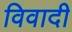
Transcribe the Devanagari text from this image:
विवादी